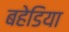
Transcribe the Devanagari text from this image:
बहेडिया